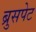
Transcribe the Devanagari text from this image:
ब्रुसपेट